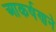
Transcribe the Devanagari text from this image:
आकर्षणने